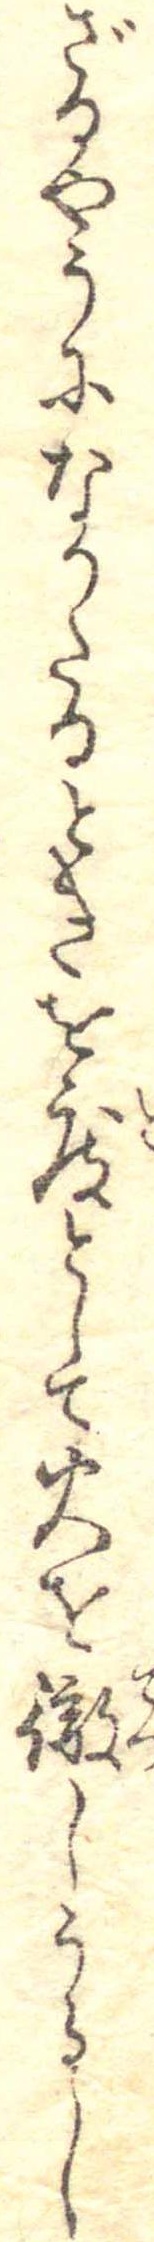
ざるやうになりたるときを度として火を徹しうるし